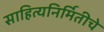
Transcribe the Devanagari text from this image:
साहित्यनिर्मितीचे